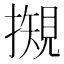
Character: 𢵅